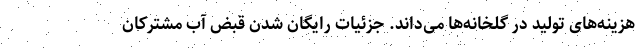
هزینه‌های تولید در گلخانه‌ها می‌داند. جزئیات رایگان شدن قبض آب مشترکان